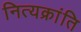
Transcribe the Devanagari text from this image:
नित्यक्रांति